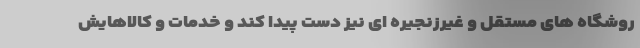
روشگاه های مستقل و غیرزنجیره ای نیز دست پیدا کند و خدمات و کالاهایش